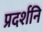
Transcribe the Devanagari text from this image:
प्रदर्शनि